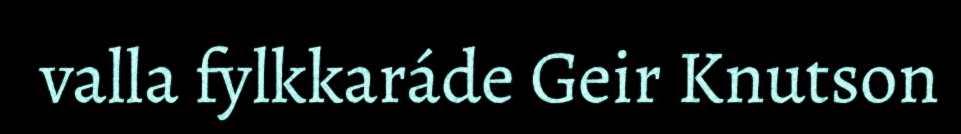
valla fylkkaráde Geir Knutson